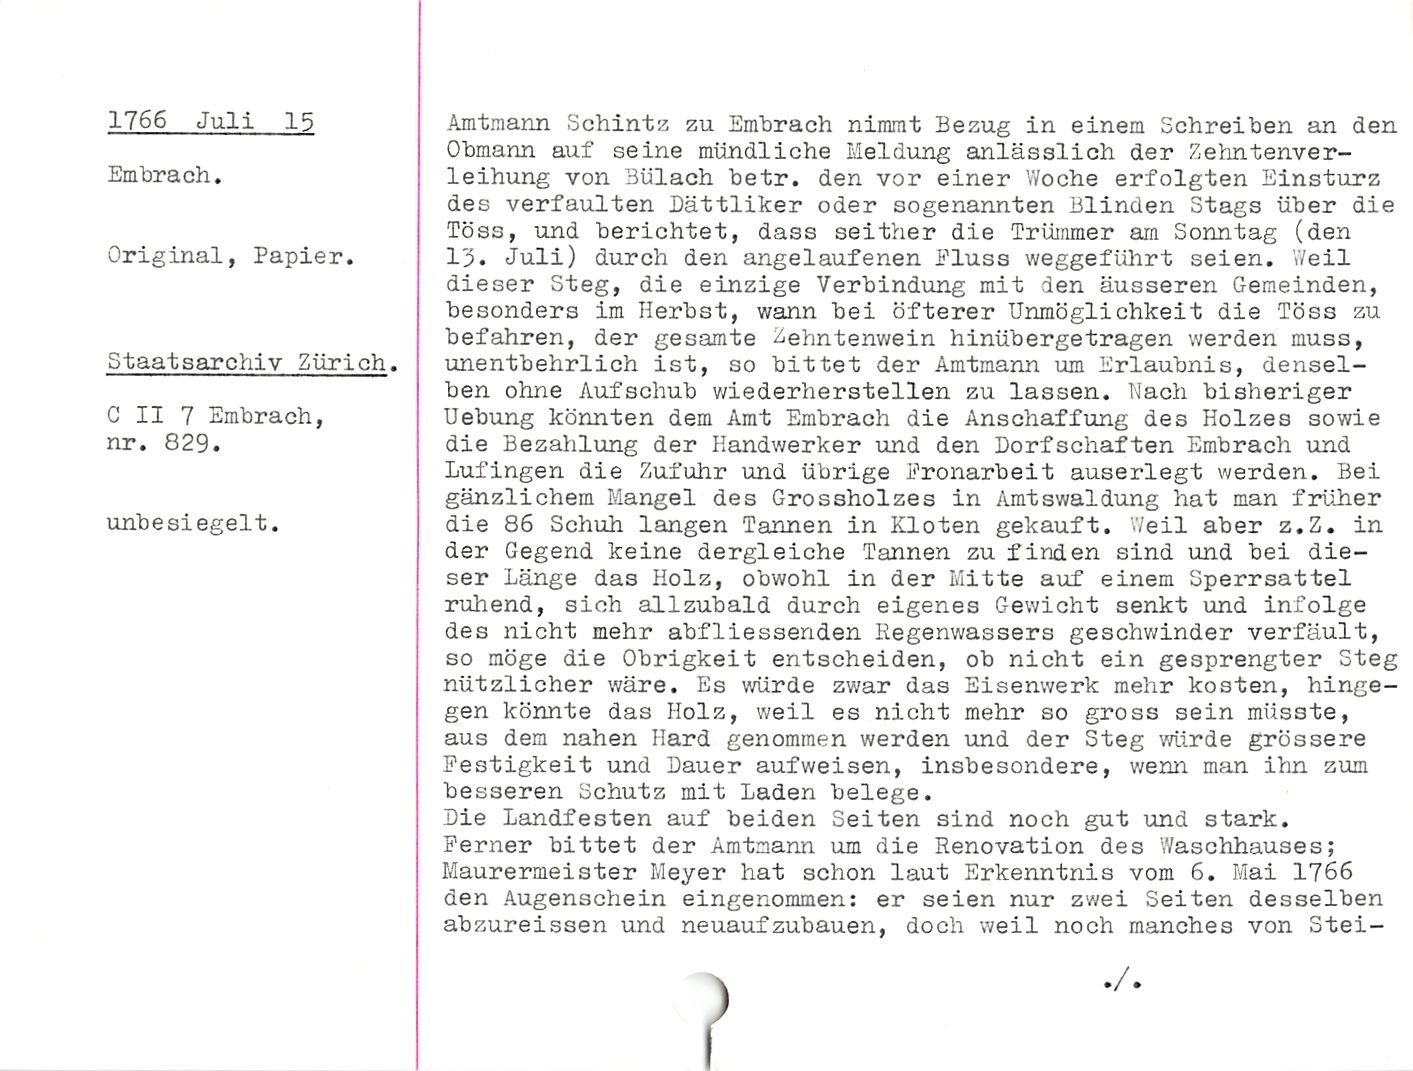
1766 Juli 15

Embrach.

Original, Papier.

Staatsarchiv Zürich.

C II 7 Embrach,
nr. 829.

unbesiegelt.

Amtmann Schintz zu Embrach nimmt Bezug in einem Schreiben an den
Obmann auf seine mündliche Meldung anlässlich der Zehntenver¬
leihung von Bulach betr. den vor einer Woche erfolgten Einsturz
des verfaulten Dättliker oder sogenannten Blinden Stags über die
Töss, und berichtet, dass seither die Trümmer am Sonntag (den
15. Juli) durch den angelaufenen Eluss weggeführt seien. Weil
dieser Steg, die einzige Verbindung mit den äusseren Gemeinden,
besonders im Herbst, wann bei öfterer Unmöglichkeit die Töss zu
befahren, der gesamte Zehntenwein hinübergetragen werden muss,
unentbehrlich ist, so bittet der Amtmann um Erlaubnis, densel¬
ben ohne Aufschub wiederherstellen zu lassen. Nach bisheriger
Uebung könnten dem Amt Embrach die Anschaffung des Holzes sowie
die Bezahlung der Handwerker und den Dorfsc'naften Embrach und
Lufingen die Zufuhr und übrige Fronarbeit auserlegt werden. Bei
gänzlichem Mangel des Grossholzes in Amtswaldung hat man früher
die 86 Schuh langen Tannen in Kloten gekauft. Weil aber z.Z. in
der Gegend keine dergleiche Tannen zu finden sind und bei die¬
ser Länge das Holz, obwohl in der Mitte auf einem Sperrsattel
ruhend, sich allzubald durch eigenes Gewicht senkt und infolge
des nicht mehr abfliessenden Regenwassers geschwinder verfault,
so möge die Obrigkeit entscheiden, ob nicht ein gesprengter Steg
nützlicher wäre. Es würde zwar das Eisenwerk mehr kosten, hinge¬
gen könnte das Holz, weil es nicht mehr so gross sein müsste,
aus dem nahen Hard genommen werden und der Steg würde grössere
Festigkeit und Dauer aufweisen, insbesondere, wenn man ihn zum
besseren Schutz mit Laden belege.

Die Landfesten auf beiden Seiten sind noch gut und stark.

Ferner bittet der Amtmann um die Renovation des Waschhauses;
Maurermeister Meyer hat schon laut Erkenntnis vom 6. Mai 1766
den Augenschein eingenommen: er seien nur zwei Seiten desselben
abzureissen und neuaufzubauen, doch weil noch manches von Stei-